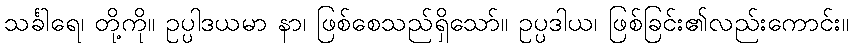
သင်္ခါရေ၊ တို့ကို။ ဥပ္ပါဒယမာ နာ၊ ဖြစ်စေသည်ရှိသော်။ ဥပ္ပဒါယ၊ ဖြစ်ခြင်း၏လည်းကောင်း။